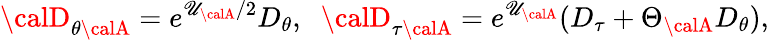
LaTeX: {\calD}_{\theta{\calA}}=e^{\mathscr{U}_{\calA}/2}D_{\theta},\; \; {\calD}_{\tau{\calA}}=e^{\mathscr{U}_{\calA}}(D_{\tau}+\Theta_{\calA}D_{\theta}),